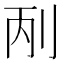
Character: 𠛥